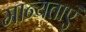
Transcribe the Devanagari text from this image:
मान्‍यताएं